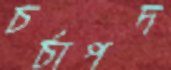
চর্চাপদ